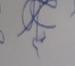
Signature authenticity: genuine